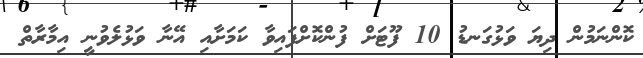
ކޮންނަމުން ދިޔަ ވަޅުގަނޑު 10 ފޫޓަށް ފުންކޮށްފައިވާ ކަމަށާއި އޭނާ ވަޅުލެވުނީ އިމާރާތް